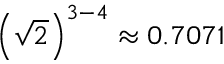
\left( { \sqrt { 2 } } \right) ^ { 3 - 4 } \approx 0 . 7 0 7 1